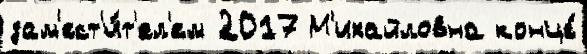
зам'ест'и́т'ел'ем 2017 М'ихайловна конце́